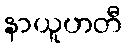
နာယူဟတီ